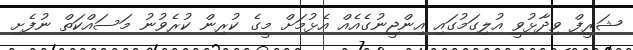
ޝަރީފް ވިދާޅުވީ އުލިގަމުގައި އިންޖީނުގެއެއް އެޅުމަށް މީގެ ކުރިން ކުރެވުނު މަސައްކަތް ނުފެށި